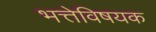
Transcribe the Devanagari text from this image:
भत्तेविषयक